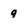
Character: q